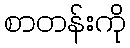
စာတန်းကို